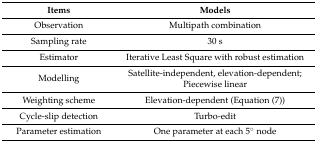
<table><thead><tr><td><b>Items</b></td><td><b>Models</b></td></tr></thead><tbody><tr><td>Observation</td><td>Multipath combination</td></tr><tr><td>Sampling rate</td><td>30 s</td></tr><tr><td>Estimator</td><td>Iterative Least Square with robust estimation</td></tr><tr><td rowspan="2">Modelling</td><td>Satellite-independent, elevation-dependent;</td></tr><tr><td>Piecewise linear</td></tr><tr><td>Weighting scheme</td><td>Elevation-dependent (Equation (7))</td></tr><tr><td>Cycle-slip detection</td><td>Turbo-edit</td></tr><tr><td>Parameter estimation</td><td>One parameter at each 5° node</td></tr></tbody></table>